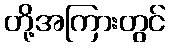
တို့အကြားတွင်